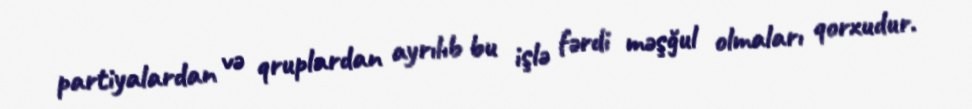
partiyalardan və qruplardan ayrılıb bu işlə fərdi məşğul olmaları qorxudur.